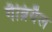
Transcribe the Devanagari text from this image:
गैब्रियैल